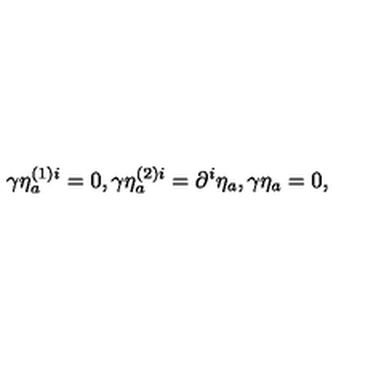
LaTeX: \gamma \eta _ { a } ^ { \left( 1 \right) i } = 0 , \gamma \eta _ { a } ^ { \left( 2 \right) i } = \partial ^ { i } \eta _ { a } , \gamma \eta _ { a } = 0 ,